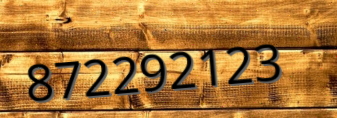
872292123